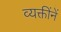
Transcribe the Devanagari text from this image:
व्यक्तींनें